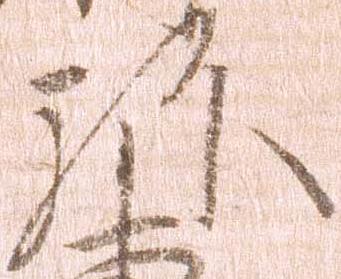
弥